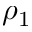
\rho _ { 1 }